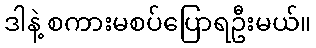
ဒါနဲ့ စကားမစပ်ပြောရဦးမယ်။